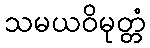
သမယဝိမုတ္တံ